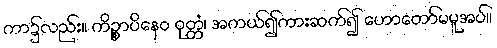
ကာ၌လည်း။ ကိဉ္စာပိနေဝ ဝုတ္တံ၊ အကယ်၍ကားဆက်၍ ဟောတော်မမူအပ်။